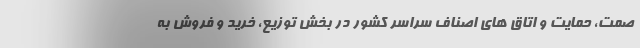
صمت، حمایت و اتاق های اصناف سراسر کشور در بخش توزیع، خرید و فروش به